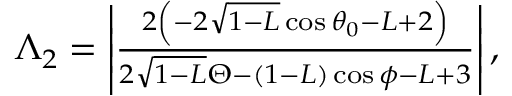
\begin{array} { r } { \Lambda _ { 2 } = \left| \frac { 2 \left( - 2 \sqrt { 1 - L } \cos \theta _ { 0 } - L + 2 \right) } { 2 \sqrt { 1 - L } \Theta - ( 1 - L ) \cos \phi - L + 3 } \right| , } \end{array}